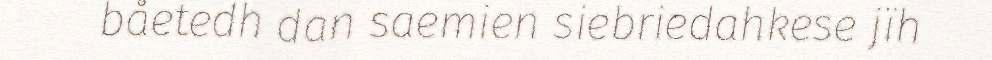
båetedh dan saemien siebriedahkese jïh